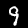
Digit: 9